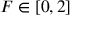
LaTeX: F \in [ 0 , 2 ]